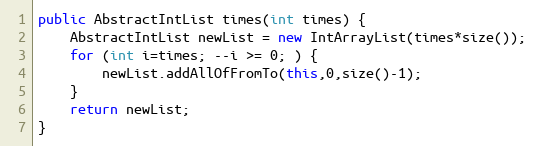
Language: Java
public AbstractIntList times(int times) {
	AbstractIntList newList = new IntArrayList(times*size());
	for (int i=times; --i >= 0; ) {
		newList.addAllOfFromTo(this,0,size()-1);
	}
	return newList;
}